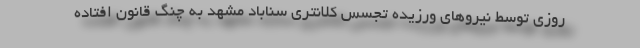
روزی توسط نیروهای ورزیده تجسس کلانتری سناباد مشهد به چنگ قانون افتاده